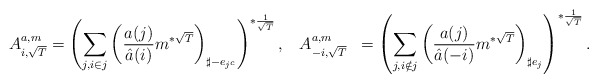
\begin{align*}A^{a, m }_{i,\sqrt{T}}&= \left({\sum_{j, i \in j} \left(\frac{a(j)}{\hat a(i)} m ^{*\sqrt{T}}\right)_{\sharp -e_{j^c}} } \right)^{*\frac{1}{\sqrt{T}}}, \, \, \, \, \, A^{a, m }_{-i,\sqrt{T}}&=\left( \sum_{j, i \notin j} \left(\frac{a(j)}{\hat a(-i)} m ^{*\sqrt{T}}\right)_{\sharp e_{j}} \right)^{*\frac{1}{\sqrt{T}}}.\end{align*}